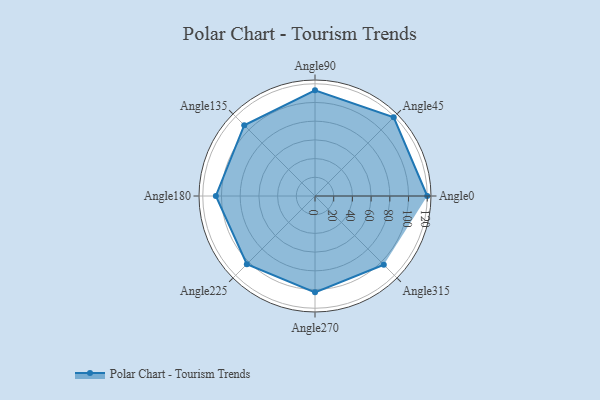
{"axis": {"x": "Angle", "y": "Radius"}, "legend": [""], "data": [{"x": "Angle0", "y": 120.0, "type": ""}, {"x": "Angle45", "y": 119.0, "type": ""}, {"x": "Angle90", "y": 113.0, "type": ""}, {"x": "Angle135", "y": 107.0, "type": ""}, {"x": "Angle180", "y": 106.0, "type": ""}, {"x": "Angle225", "y": 103.0, "type": ""}, {"x": "Angle270", "y": 103.0, "type": ""}, {"x": "Angle315", "y": 104.0, "type": ""}]}